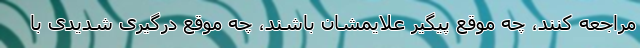
مراجعه کنند، چه موقع پیگیر علایمشان باشند، چه موقع درگیری شدیدی با